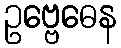
ဥဗ္ဗေဓေန